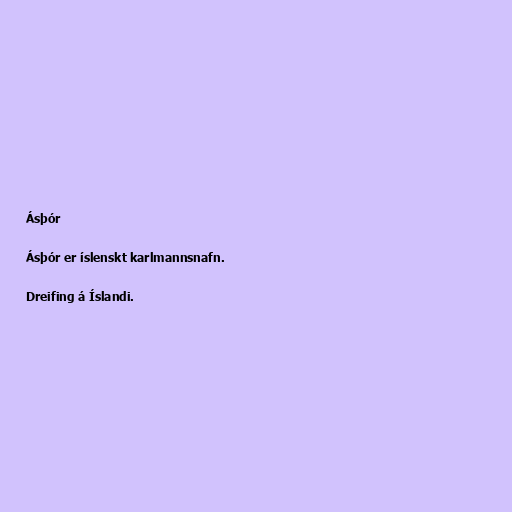
Ásþór

Ásþór er íslenskt karlmannsnafn.

Dreifing á Íslandi.